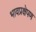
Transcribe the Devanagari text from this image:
भावप्रक्षेपण